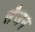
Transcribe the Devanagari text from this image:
सैजन